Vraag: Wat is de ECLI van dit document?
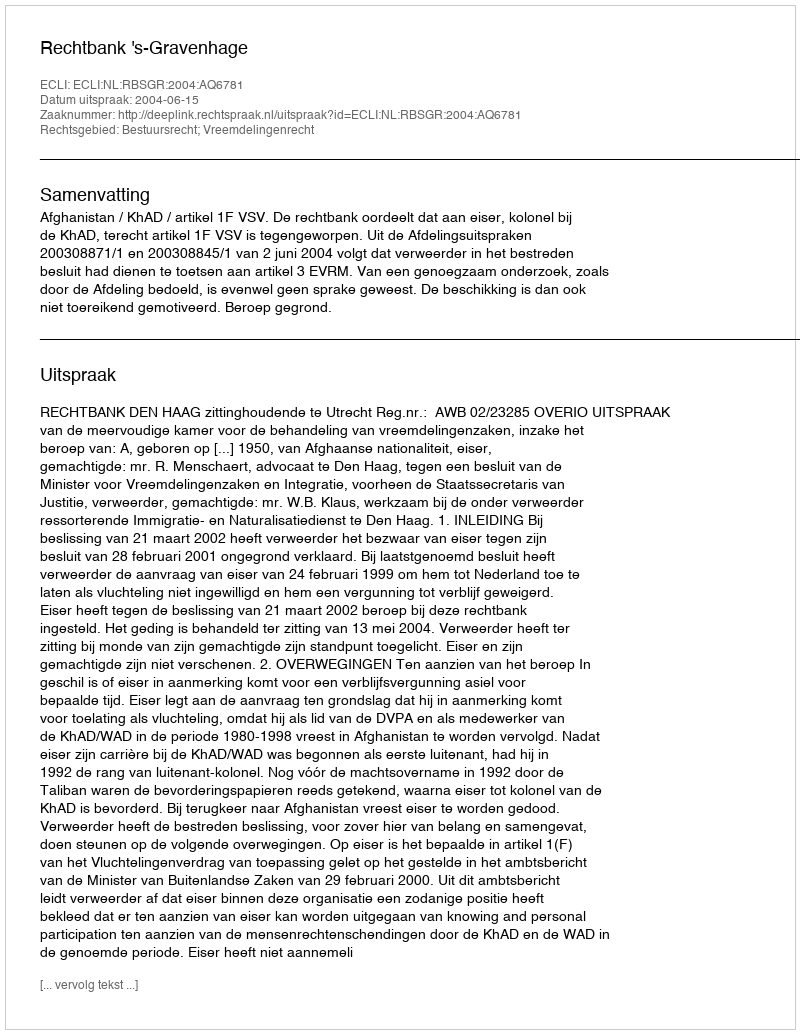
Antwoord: ECLI:NL:RBSGR:2004:AQ6781